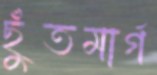
ছুঁতমার্গ